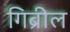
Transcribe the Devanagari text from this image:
गिब्रील